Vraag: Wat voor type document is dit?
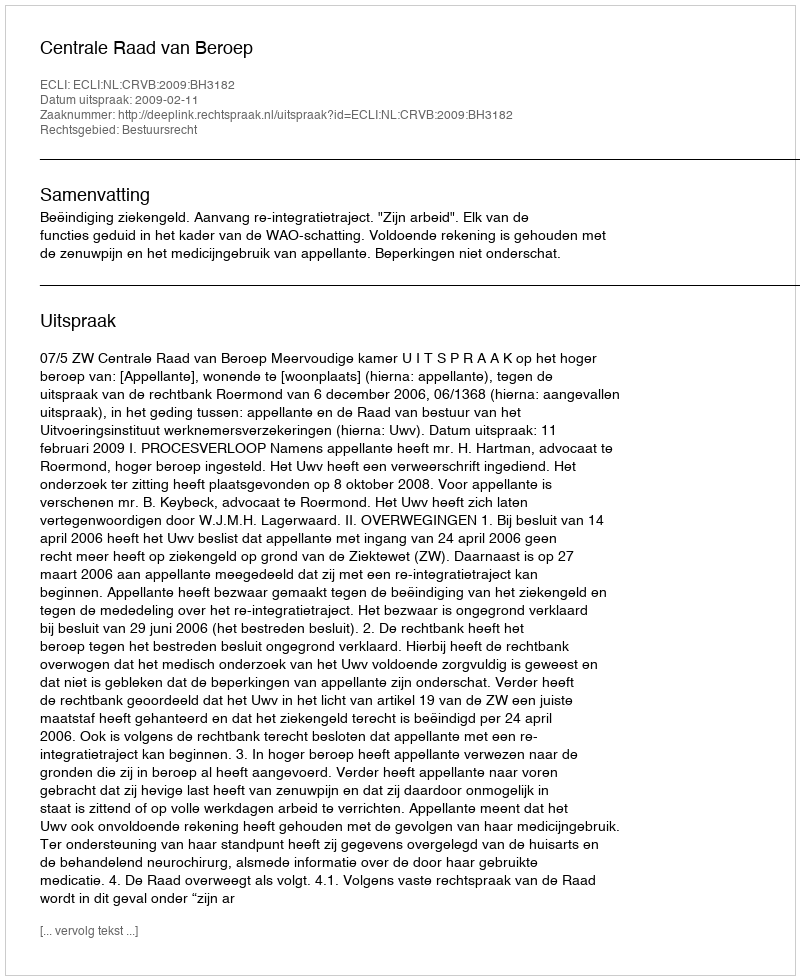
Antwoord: Uitspraak